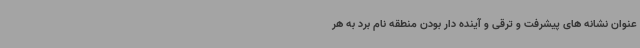
عنوان نشانه های پیشرفت و ترقی و آینده دار بودن منطقه نام برد به هر